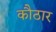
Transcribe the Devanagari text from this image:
कौठार